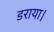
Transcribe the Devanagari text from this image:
डराया।